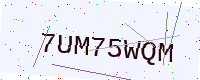
Text: 7UM75WQM